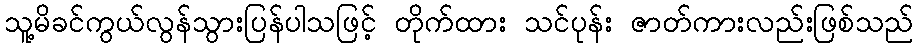
သူ့မိခင်ကွယ်လွန်သွားပြန်ပါသဖြင့် တိုက်ထား သင်ပုန်း ဇာတ်ကားလည်းဖြစ်သည်